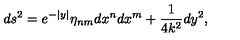
d s ^ { 2 } = e ^ { - | y | } \eta _ { n m } d x ^ { n } d x ^ { m } + \frac { 1 } { 4 k ^ { 2 } } d y ^ { 2 } ,